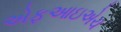
એફઆઇએચ